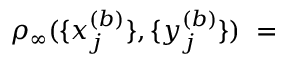
\rho _ { \infty } ( \{ x _ { j } ^ { ( b ) } \} , \{ y _ { j } ^ { ( b ) } \} ) \; =